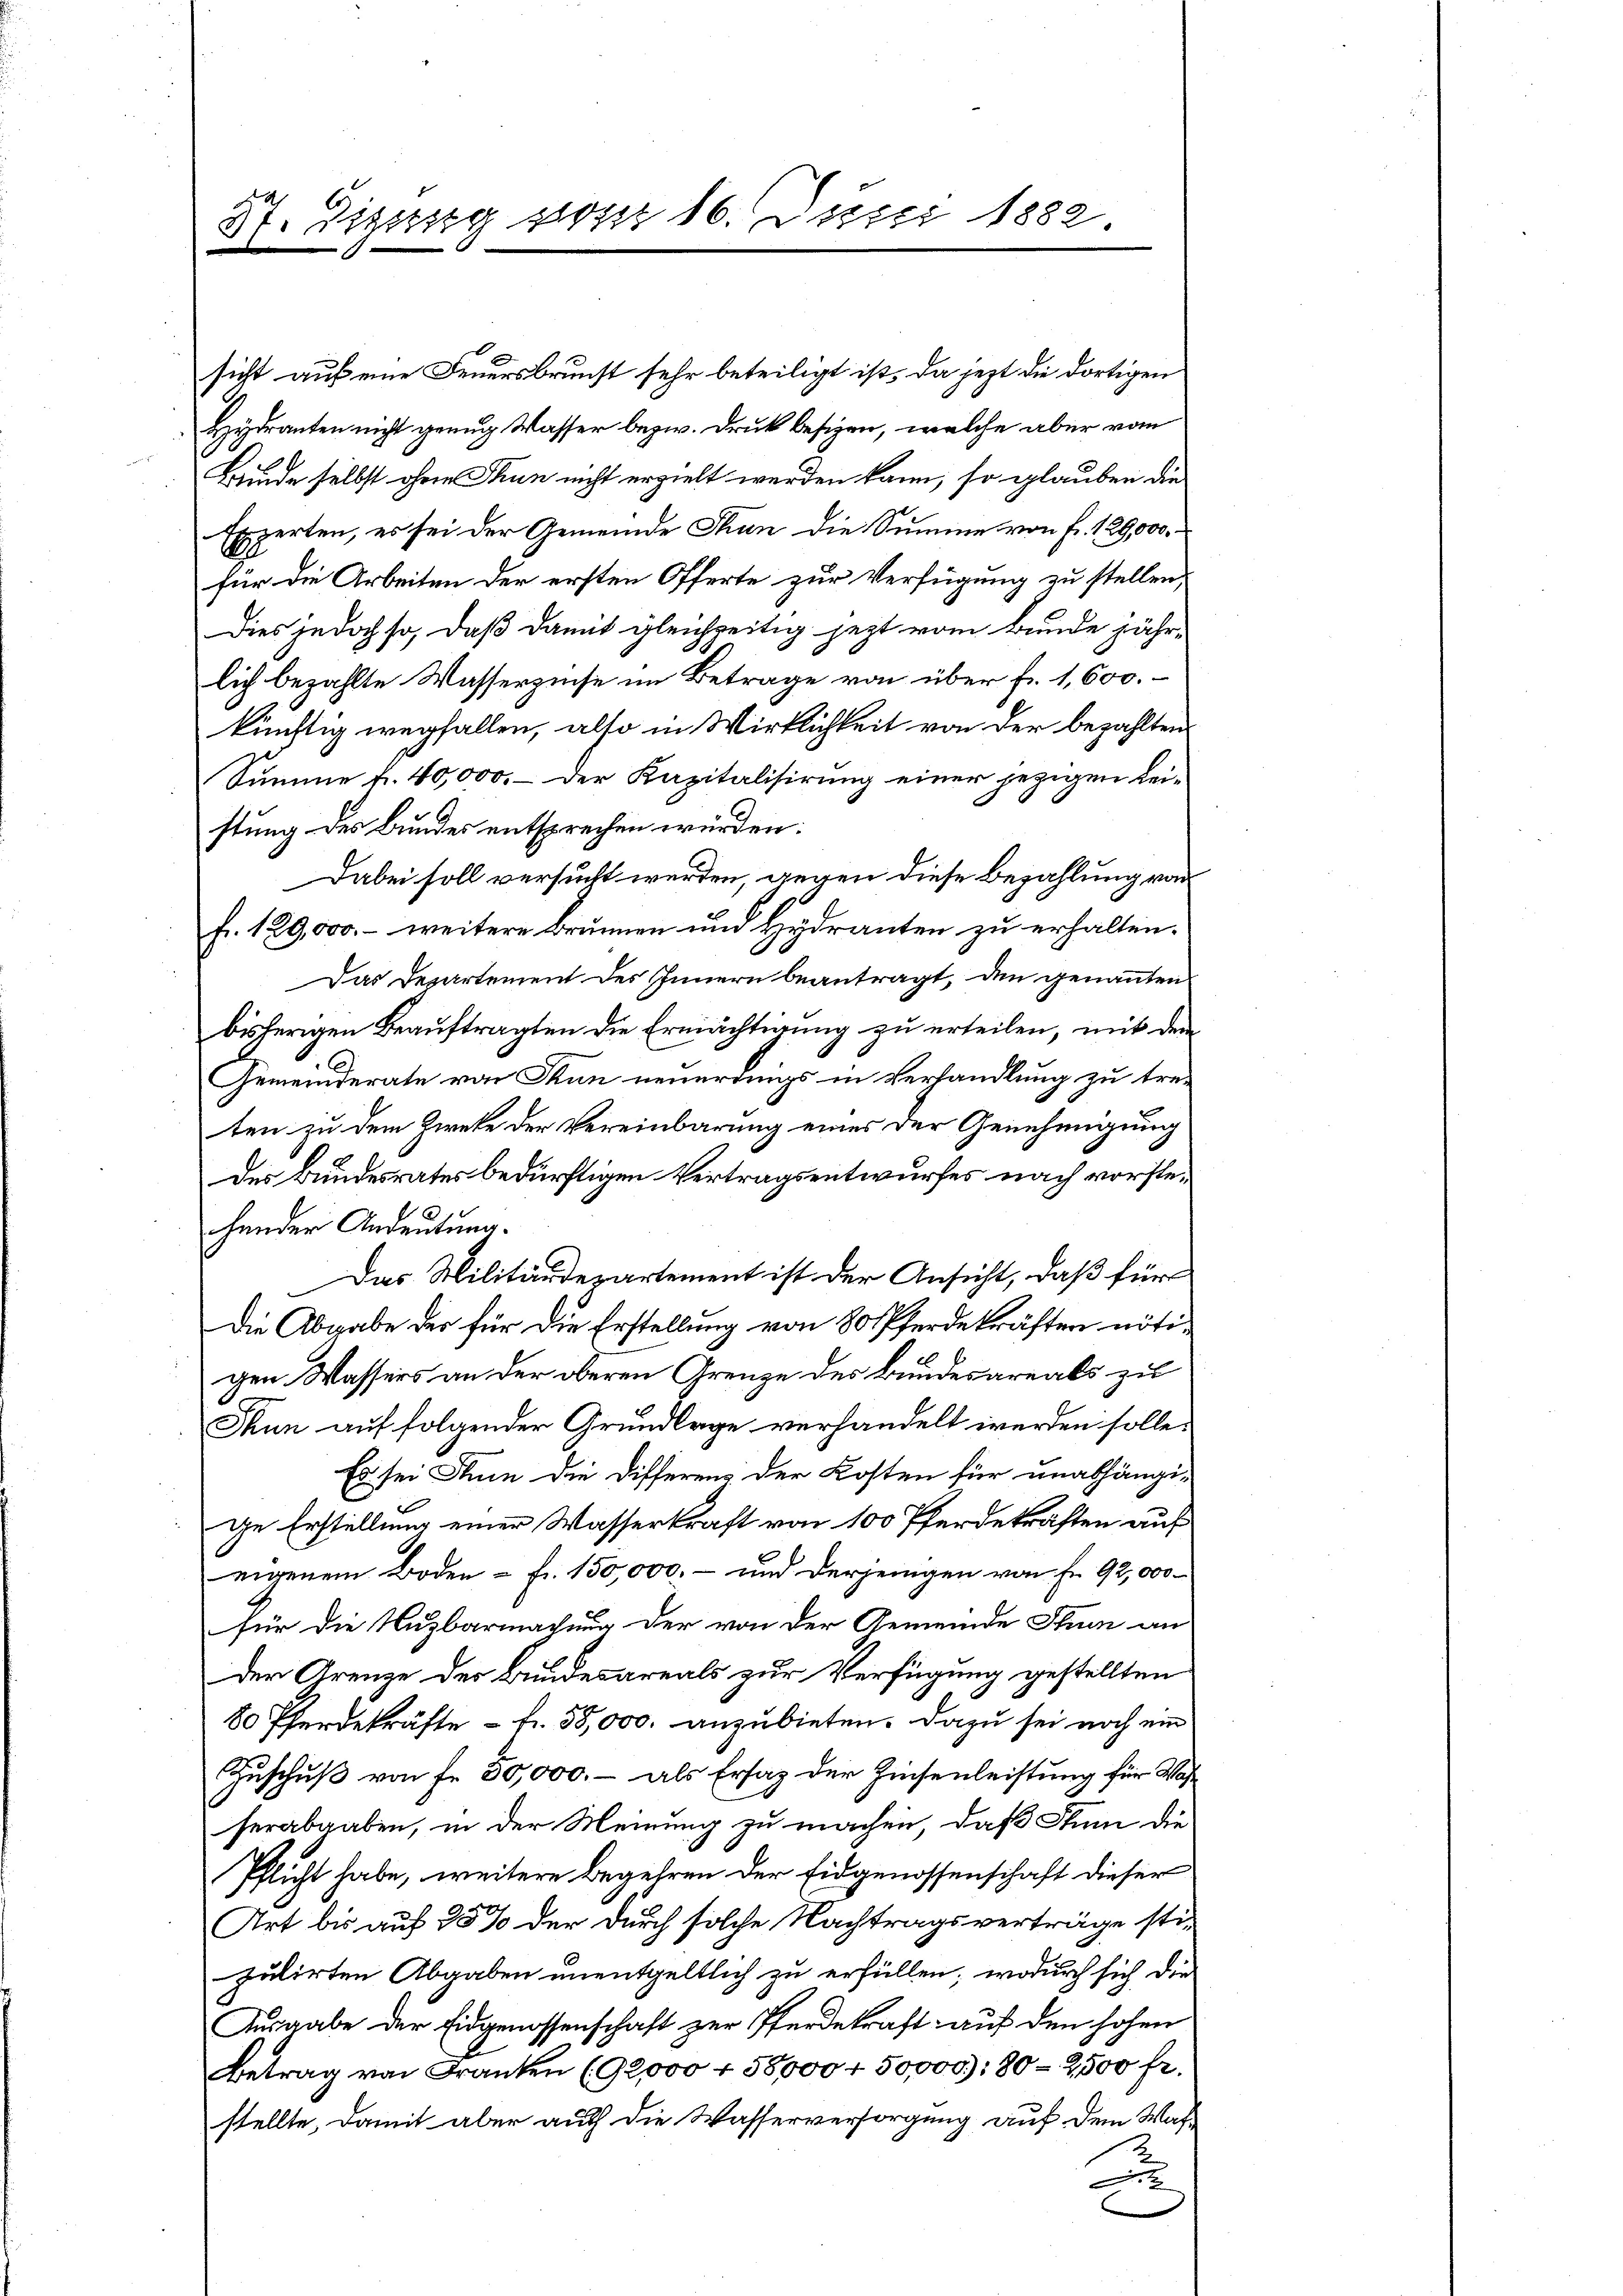
sicht auf eine Feuersbrunst sehr beteiligt ist, da jezt die dortigen
Hydranten nicht genug Wasser bezw. Druk besizen, welche aber vom
Bunde selbst ohnen Thun nicht erzielt werden kann, so glauben die
Experten, es sei der Gemeinde Thun die Summe von Fr. 129,000.
für die Arbeiten der ersten Offerte zur Verfügung zu stellen,
Dies jedoch so, daß damit gleichzeitig jezt vom Bunde jähr-
lich bezahlte Wasserzinse im Betrage von über fr. 1,600.
künftig wegfallen, also in Wirklichkeit von der bezahlten
Summe f. 40,000. – der Kapitalisirung einer jezigen Leistung des Bundes entsprechen würden.
Dabei soll versucht werden, gegen diese Bezahlung von
fr. 129,000.- weitere Brunnen und Hydranten zu erhalten.
Das Departement des Innern beantragt, den genannten
bisherigen Beauftragten die Ermächterung zu erteilen, mit dem
Gemeinderate von Tun neuerdings in Verhandlung zu tre-
ten zu dem Zweke der Vereinbarung eines der Genehmigung
des Bundesrates bedürftigen Vertragsentwurfes nach vorstehender Andeutung.
Das Militärderartement ist der Ansicht, daß für
Die Abgabe der für die Erstellung von 80 Pferdekräften nötigen Wassers an der oberen Grenze des Bundesareals zu
Thun auf folgender Grundlage verhandelt werden solle.
Es sei Juin die Differenz der Kosten für unabhängige Erstellung einer Wasserkraft von 100 Pferdekräften auf
eigenem Boden – fr. 150,000, – und derjenigen von Fr. 92,000
für die Nuzbarmachung der von der Gemeinde Thun an
der Grenze des Bundesareals zur Verfügung gestellten
80 Pferdekräfte - fr. 50,000. anzubieten. Dazu sei noch ein
Zuschuß von Fr. 50,000.- als Ersatz der Zinsenleistung für Washerabgaben, in der Meinung zu machen, daß Stum die
Pflicht habe, weitere Begehren der Eidgenossenschaft dieser
Art bis auf 25% der durch solche Nachtragsverträge sti-
pulirten Abgaben unentgeltlich zu erfüllen, wodurch sich die
Ausgabe der Eidgenossenschaft zur Pferdekraft auf den hohen
Betrag von Franken (92,000 + 58,000 f 50,000): 80- 2500 fr.
stellte, damit aber auch die Wasserversorgung auf dem Was-
3
A

87. Disseg vom 16. Juni 1882.